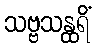
သဗ္ဗသန္ထရိံ